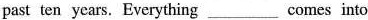
past ten years. Everything ___ comes into